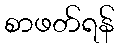
စာဖတ်ရန်